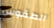
الطقوس